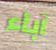
آباء